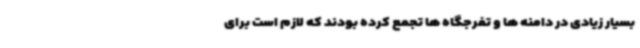
بسیار زیادی در دامنه ها و تفرجگاه ها تجمع کرده بودند که لازم است برای